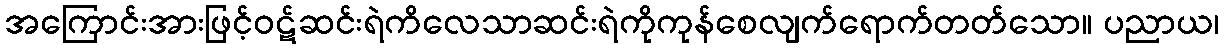
အကြောင်းအားဖြင့်ဝဋ်ဆင်းရဲကိလေသာဆင်းရဲကိုကုန်စေလျက်ရောက်တတ်သော။ ပညာယ၊